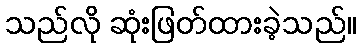
သည်လို ဆုံးဖြတ်ထားခဲ့သည်။